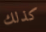
كذلك